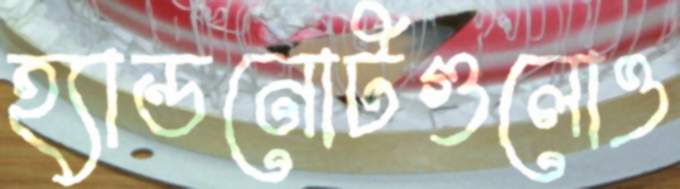
হ্যান্ডনোটগুলোও